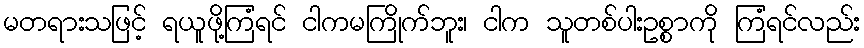
မတရားသဖြင့် ရယူဖို့ကြံရင် ငါကမကြိုက်ဘူး၊ ငါက သူတစ်ပါးဥစ္စာကို ကြံရင်လည်း